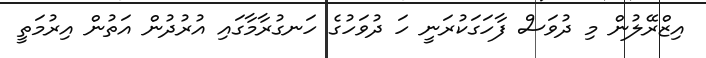
އިޒްރޭލުން މި ދުވަސް ފާހަގަކުރަނީ ހަ ދުވަހުގެ ހަނގުރާމާގައި އުރުދުން އަތުން އިރުމަތީ